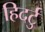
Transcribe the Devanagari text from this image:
हिदर्टु